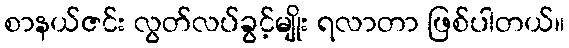
စာနယ်ဇင်း လွတ်လပ်ခွင့်မျိုး ရလာတာ ဖြစ်ပါတယ်။